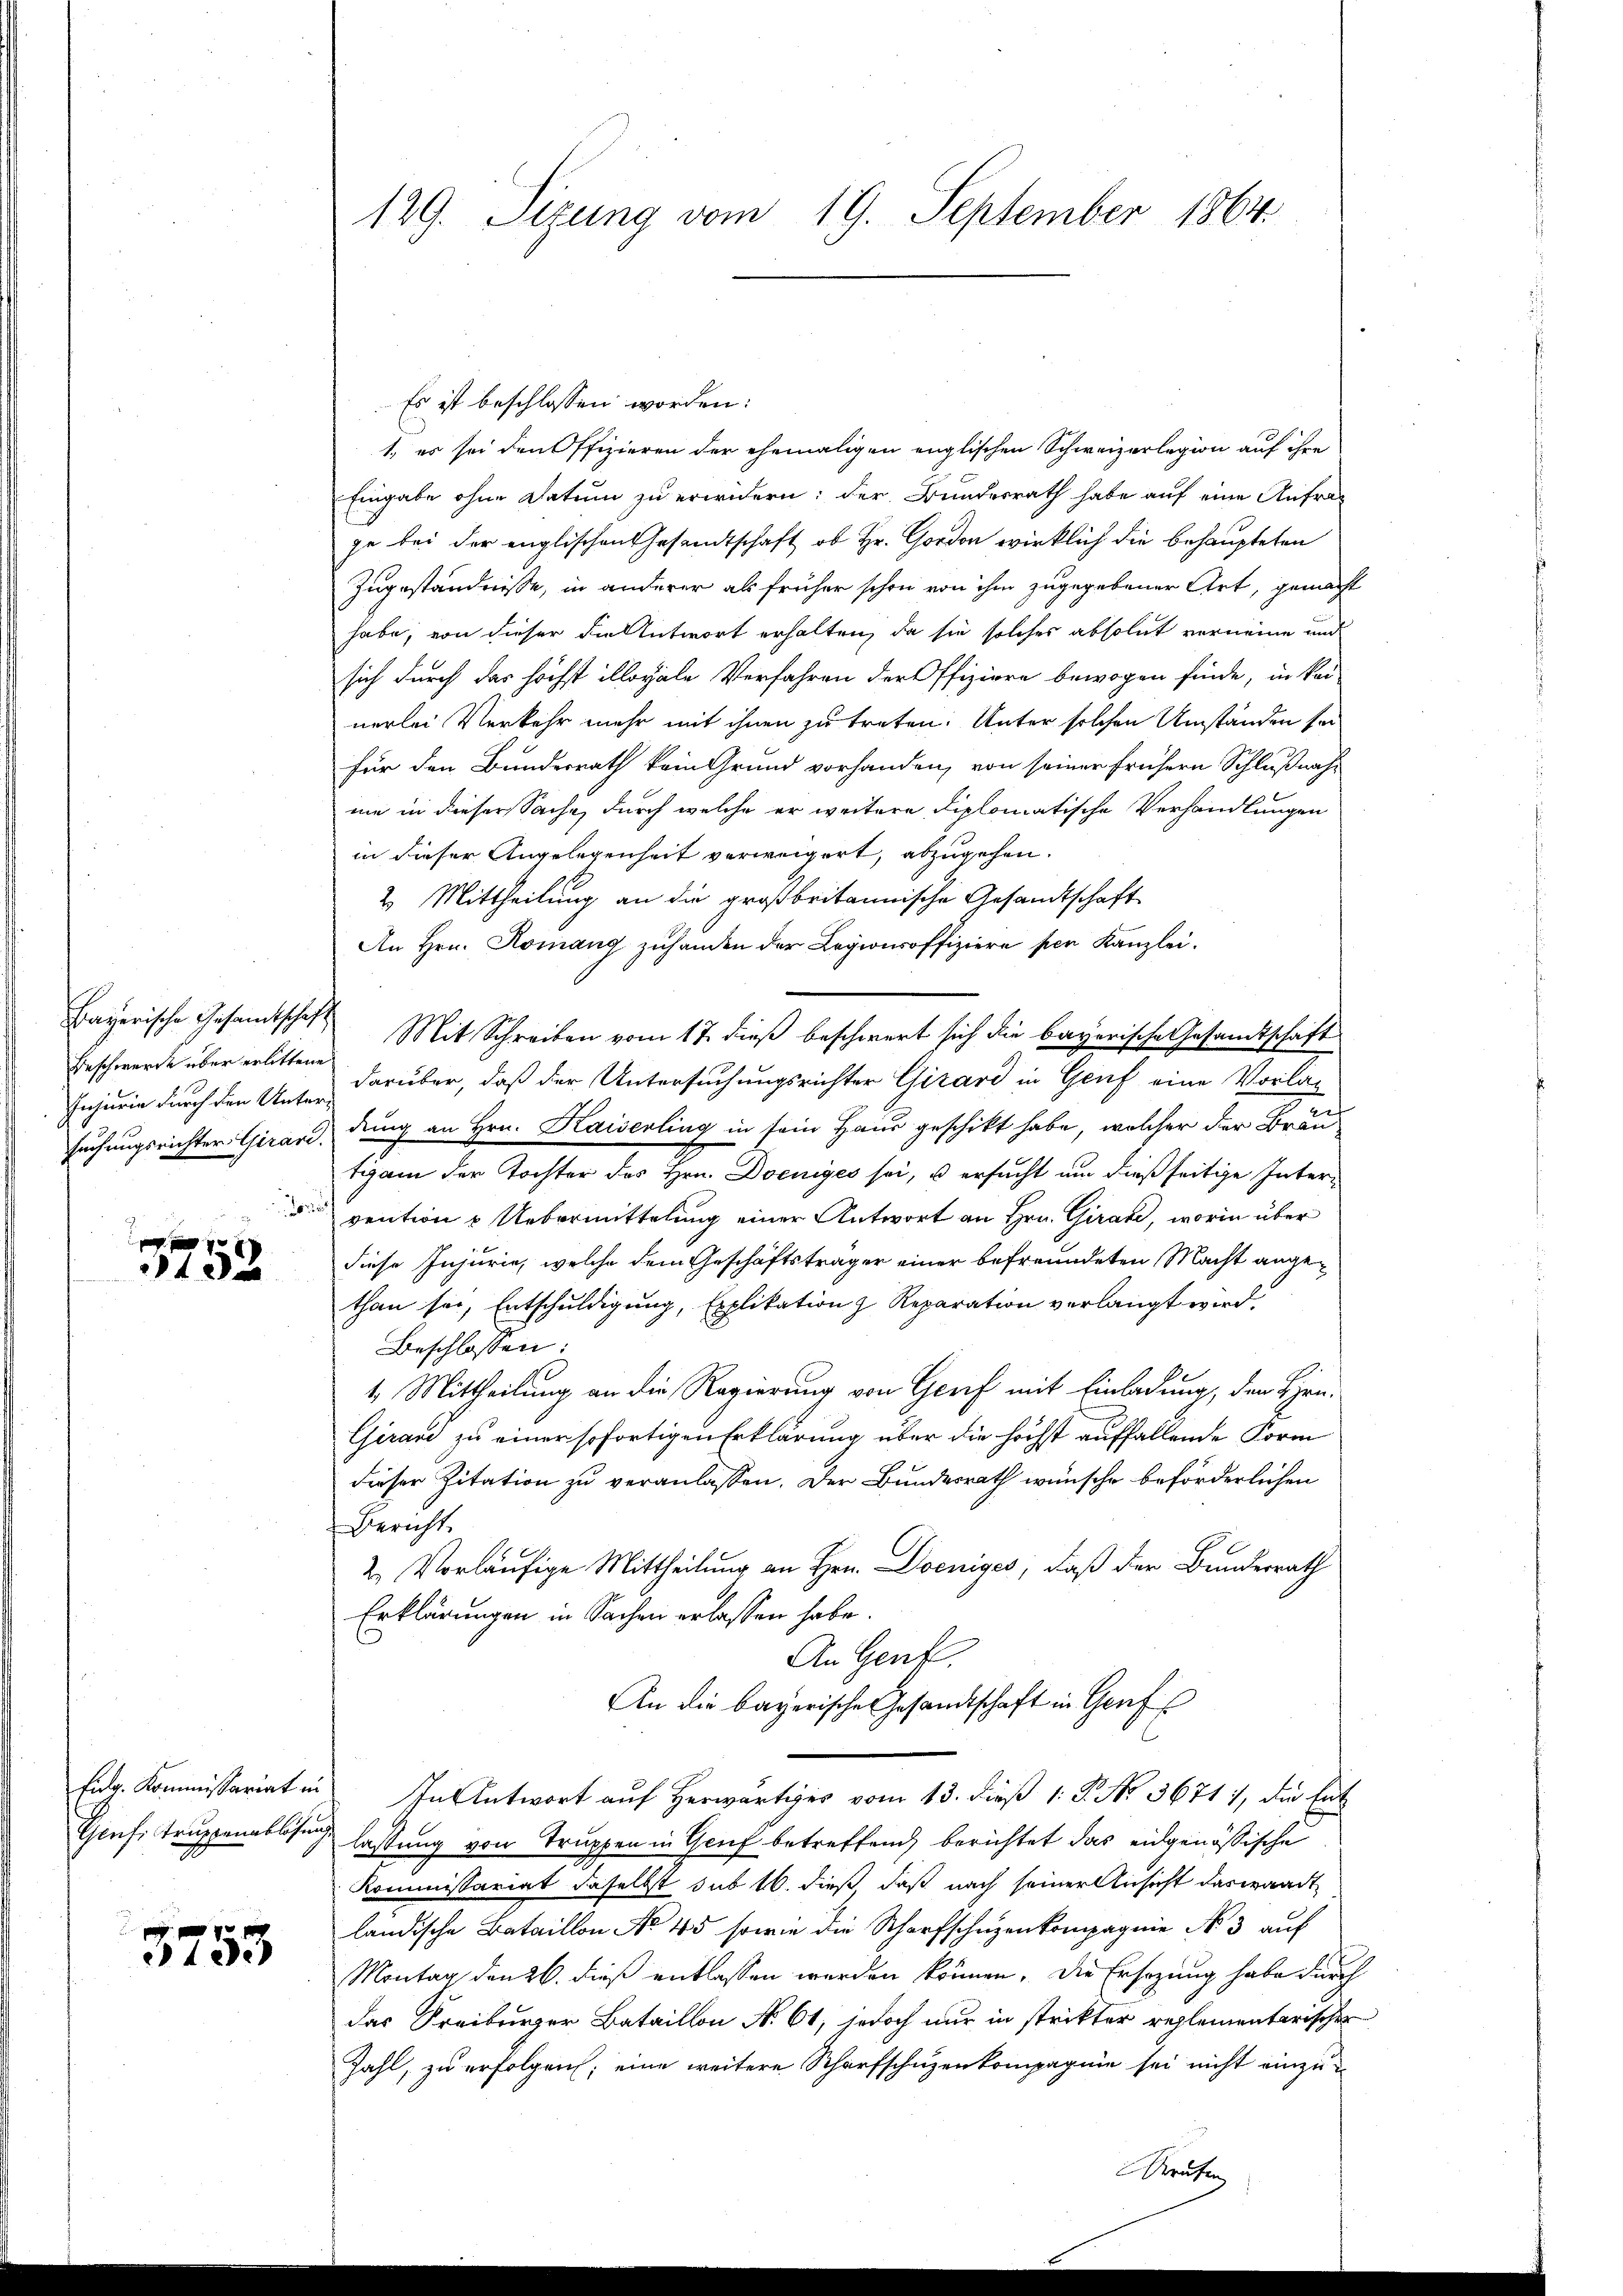
Bayerische Gesandtschaft
Beschwerde über erlittene
o

f
43 x

3753

129. Sizung vom 19. September 1864.

Es ist beschlossen worden:
1, es sei den Offizieren der ehemaligen englischen Schweizerlegion auf ihre
Eingabe ohne Datum zu erwidern; der Bundesrath habe auf eine Anfrage bei der englischen Gesandtschaft, ob Hr. Cordon wirklich die behaupteten
Zugeständnisse, in anderer als früher schon von ihm zugegebener Art, gemacht
habe, von dieser die Antwort erhalten, da sie solches absolut verneine und
sich durch das höchst illoyale Verfahren der Offiziere bewogen finde, in kei
nerlei Verkehr mehr mit ihnen zu treten. Unter solchen Umständen sei
für den Bundesrath kein Grund vorhanden, von seiner frühern Schlußnahne in dieser Sache, durch welche er weitere diplomatische Verhandlungen
in dieser Angelegenheit verweigert, abzugehen.
2. Mittheilung an die großbritannische Gesandtschaft
An Hrn. Komang zuhanden der Legionsoffiziere per Kanzlei.
Mit Schreiben vom 17. dieß beschwert sich die bayerische Gesandtschaft
Injurie durch den Unter darüber, daß der Untersuchungsrichter Girard in Genf eine Vorlasuchungsrichter Girard, dung an Hrn. Kaiserling in sein Haus geschikt habe, welcher der Brau
tigam der Tochter des Hrn. Doeniges sei, u ersucht um dießseitige Intervention & Uebermittelung einer Antwort an Hrn. Girate, worin über
diese Injurie, welche dem Geschäftsträger einer befreundeten Macht angethan sei, Entschuldigung, Explikation & Reparation verlangt wird.
Beschlossen:
4. Mittheilung an die Regierung von Genf mit Einladung, den Hrn.
Girard zu einer sofortigen Erklärung über die höchst auffallende Form
dieser Zitation zu veranlassen. Der Bundesrath wünsche beförderlichen
Bericht
2. Vorläufige Mittheilung an Hrn. Doeniges, daß der Bundesrath
Erklärungen in Sachen erlassen habe.
An Genf,
An die bayerisches Gesandtschaft in Genf
Eug. Kommissariat in In Antwort auf Herwärtiges vom 13. dieß 1: P. No. 3671), die Ent
Genf. Truppenablösung lassung von Truppen in Genf betreffend berichtet das eidgenössische
Kommissariat daselbst sub 16. dieß, daß nach seiner Ansicht das waadt
ländische Bataillon No 45 sowie die Scharfschuzenkompagnie No 3 auf
Montag den 26. dieß entlassen werden können. Die Ersezung habe durch
das Kreiburger Bataillon No 61, jedoch nur in strikter reglementarischen
Zahl, zu erfolgen; eine weitere Scharfschuzenkompagnie sei nicht einzu¬

e

u